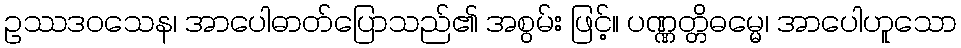
ဥဿဒဝသေန၊ အာပေါဓာတ်ပြောသည်၏ အစွမ်း ဖြင့်။ ပဏ္ဏတ္တိဓမ္မေ၊ အာပေါဟူသော